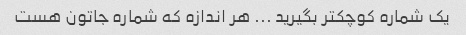
یک شماره کوچکتر بگیرید ... هر اندازه که شماره جاتون هست